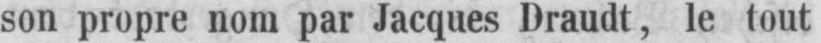
son propre nom par Jacques Draudt, le tout